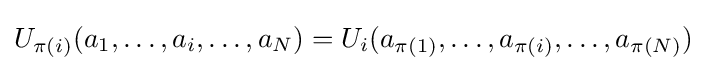
U_{\pi (i)}(a_{1},\ldots ,a_{i},\ldots ,a_{N})=U_{i}(a_{\pi (1)},\ldots ,a_{\pi (i)},\ldots ,a_{\pi (N)})